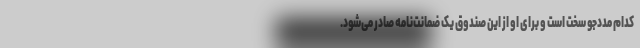
کدام مددجو سخت است و برای او از این صندوق یک ضمانت‌نامه صادر می‌شود.